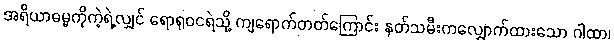
အရိယာဓမ္မကိုကဲ့ရဲ့လျှင် ရောရုဝငရဲသို့ ကျရောက်တတ်ကြောင်း နတ်သမီးကလျှောက်ထားသော ဂါထာ၊